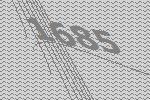
1685